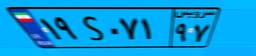
۳۸S۶۰۸۰۷